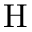
\mathrm { H }